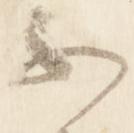
不